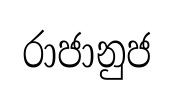
රාජානුජ